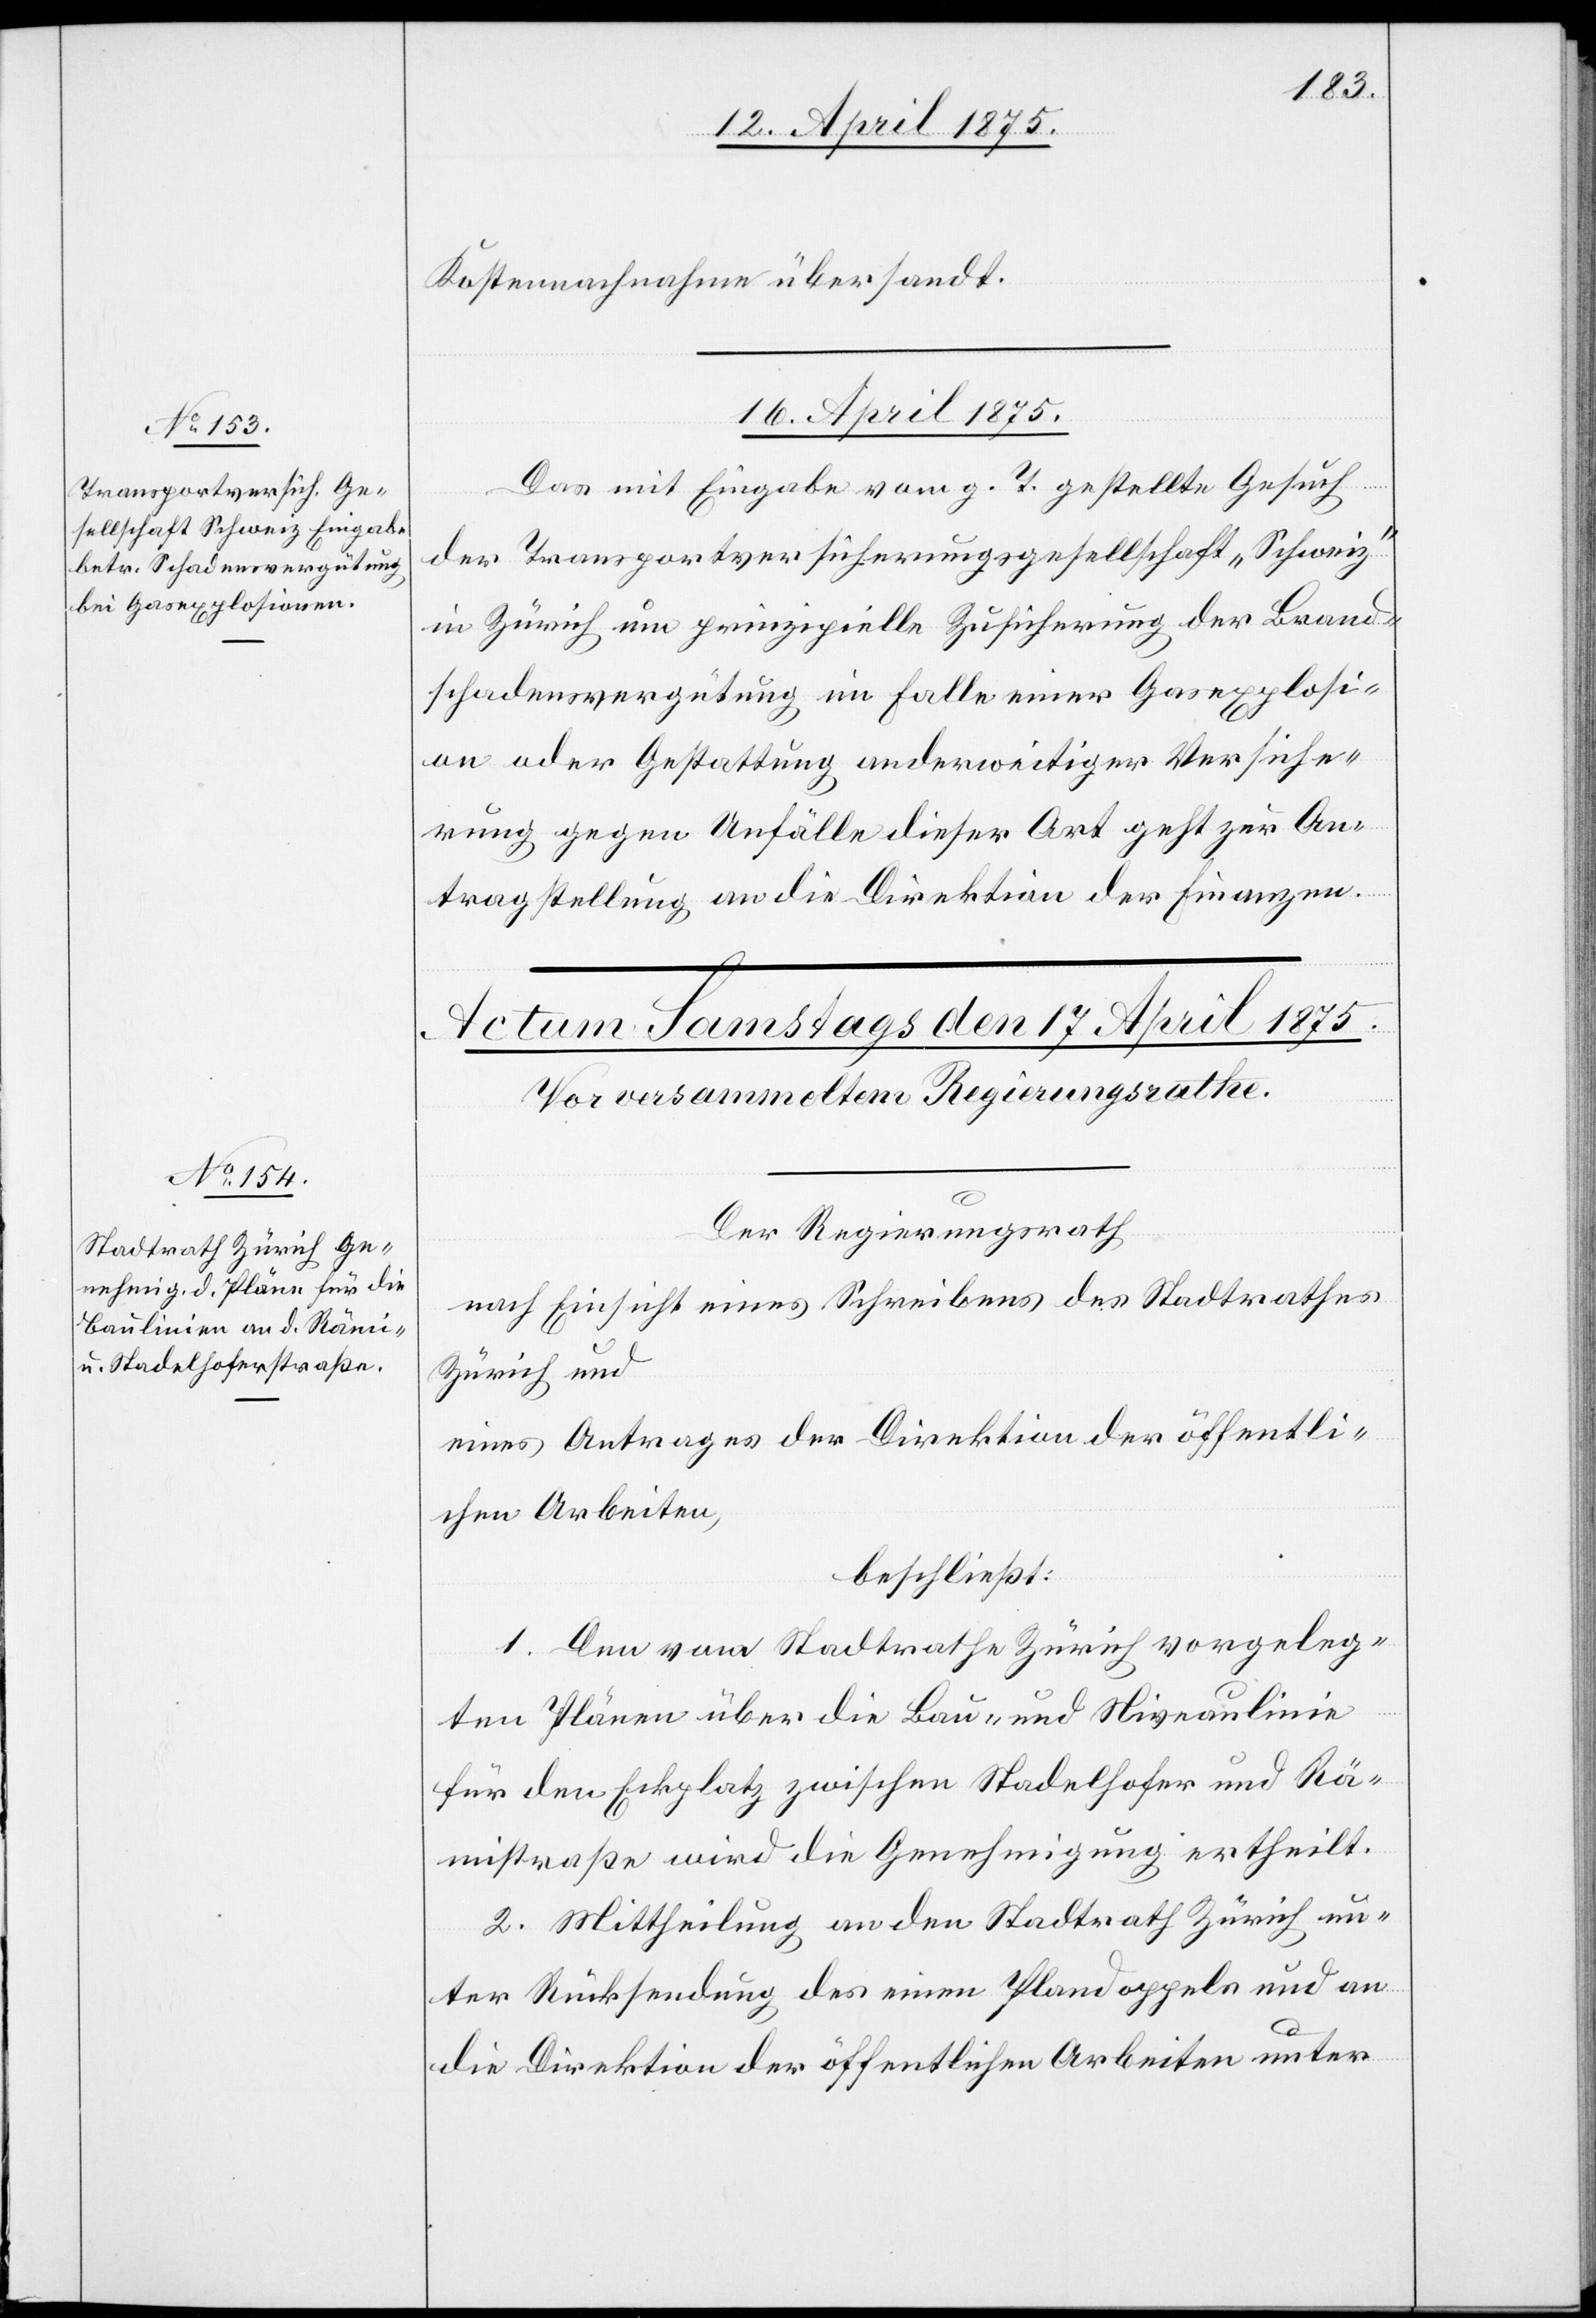
Kostennachnahme übersandt.
16. April 1875.
Das mit Eingabe vom g. T. gestellte Gesuch
der Transportversicherungsgesellschaft „Schweiz“
in Zürich um prinzipielle Zusicherung der Brand¬
schadenvergütung im Falle einer Gasexplosi¬
on oder Gestattung anderweitiger Versiche¬
rung gegen Unfälle dieser Art geht zur An¬
tragstellung an die Direktion der Finanzen.
Der Regierungsrath
nach Einsicht eines Schreibens des Stadtrathes
Zürich und
eines Antrages der Direktion der öffentli¬
chen Arbeiten,
beschließt:
1. Den vom Stadtrathe Zürich vorgeleg¬
ten Plänen über die Bau- und Niveaulinie
für den Eckplatz zwischen Stadelhofer- und Rä¬
mistraße wird die Genehmigung ertheilt,
2. Mittheilung an den Stadtrath Zürich un¬
ter Rücksendung des einen Plandoppels und an
die Direktion der öffentlichen Arbeiten unter